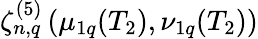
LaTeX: \zeta_{n,q}^{(5)}\left(\mu_{1q}(T_{2}),\nu_{1q}(T_{2})\right)